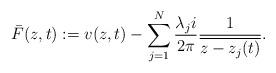
LaTeX: \begin{align*}\bar{F}(z,t):=v(z,t)-\sum_{j=1}^N \frac{\lambda_j i}{2\pi}\frac{1}{\overline{z-z_j(t)}}.\end{align*}